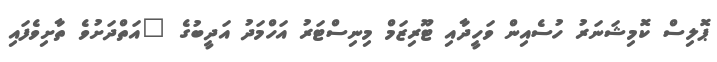
ޕޮލިސް ކޮމިޝަނަރު ހުސެއިން ވަހީދާއި ޓޫރިޒަމް މިނިސްޓަރު އަހްމަދު އަދީބުގެ "އަތްދަށުވެ ތާށިވެފައި